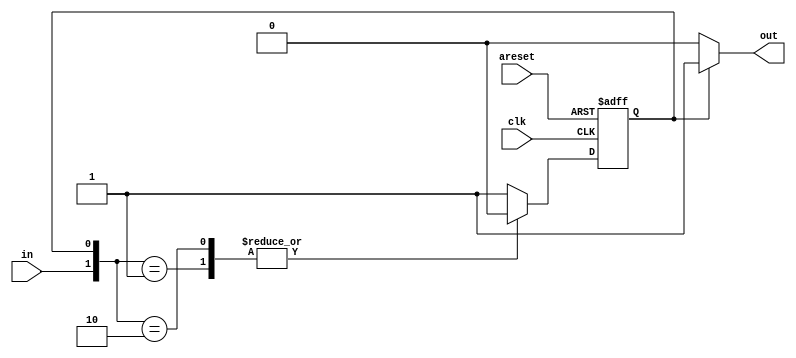
/*

Copyright 2022 Marc Ketel
SPDX-License-Identifier: Apache-2.0

*/

`default_nettype none

module top_module (
    input  wire clk,
    input  wire areset,
    input  wire in,
    output reg  out
);

  parameter A = 1'b0, B = 1'b1;
  reg state, next_state;

  //Determine next state.
  always @(*) begin
    case ({
      in, state
    })
      {1'b0, B} : next_state = A;
      {1'b1, A} : next_state = A;
      default: next_state = B;
    endcase
  end

  //State transition.
  always @(posedge clk, posedge areset) begin
    if (areset) state <= B;
    else if (clk) begin
      state <= next_state;
    end
  end

  //Determine output.
  always @(*) begin
    case (state)
      A: out = 1'b0;
      default: out = 1'b1;
    endcase
  end

endmodule